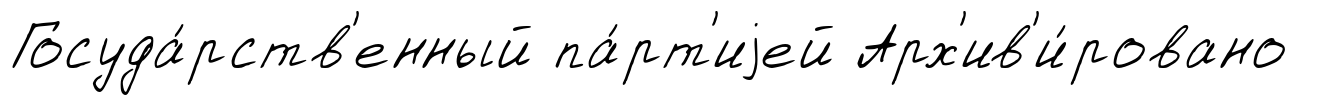
Госуда́рств'енный па́рт'иjей Арх'ив'и́ровано